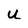
Character: U